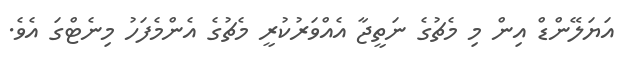
އަޔަލޭންޑް އިން މި މެޗުގެ ނަތީޖާ އެއްވަރުކުރީ މެޗުގެ އެންމެފަހު މިނެޓްގަ އެވެ.